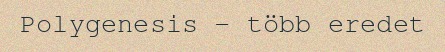
Polygenesis – több eredet